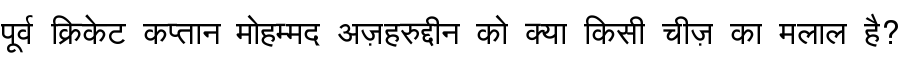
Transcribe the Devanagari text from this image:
पूर्व क्रिकेट कप्तान मोहम्मद अज़हरुद्दीन को क्या किसी चीज़ का मलाल है?